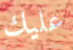
عليك